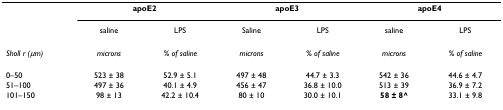
<table><thead><tr><td>[EMPTY_CELL]</td><td colspan="2"><b>apoE2</b></td><td colspan="2"><b>apoE3</b></td><td colspan="2"><b>apoE4</b></td></tr><tr><td>[EMPTY_CELL]</td><td><b>saline</b></td><td><b>LPS</b></td><td><b>Saline</b></td><td><b>LPS</b></td><td><b>saline</b></td><td><b>LPS</b></td></tr></thead><tbody><tr><td><i>Sholl r (μm)</i></td><td><i>microns</i></td><td><i>% of saline</i></td><td><i>microns</i></td><td><i>% of saline</i></td><td><i>microns</i></td><td><i>% of saline</i></td></tr><tr><td>0–50</td><td>523 ± 38</td><td>52.9 ± 5.1</td><td>497 ± 48</td><td>44.7 ± 3.3</td><td>542 ± 36</td><td>44.6 ± 4.7</td></tr><tr><td>51–100</td><td>497 ± 36</td><td>40.1 ± 4.9</td><td>456 ± 47</td><td>36.8 ± 10.0</td><td>513 ± 39</td><td>36.9 ± 7.2</td></tr><tr><td>101–150</td><td>98 ± 13</td><td>42.2 ± 10.4</td><td>80 ± 10</td><td>30.0 ± 10.1</td><td><b>58 ± 8^</b></td><td>33.1 ± 9.8</td></tr></tbody></table>